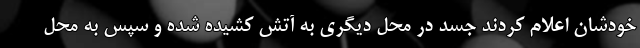
خودشان اعلام کردند جسد در محل دیگری به آتش کشیده شده و سپس به محل